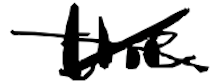
Text: the
Cross-out: cross
Writing tool: digital_black